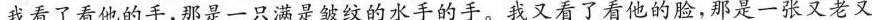
我看了看他的手，那是一只满是皱纹的水手的手。我又看了看他的脸，那是一张又老又